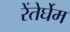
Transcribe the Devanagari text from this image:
रेंतेर्घेम